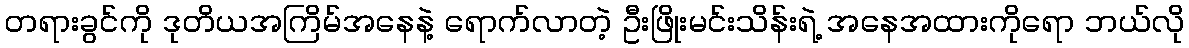
တရားခွင်ကို ဒုတိယအကြိမ်အနေနဲ့ ရောက်လာတဲ့ ဦးဖြိုးမင်းသိန်းရဲ့ အနေအထားကိုရော ဘယ်လို